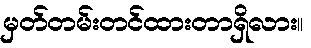
မှတ်တမ်းတင်ထားတာရှိလား။